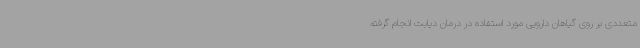
متعددی بر روی گیاهان دارویی مورد استفاده در درمان دیابت انجام گرفته